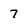
Character: 7